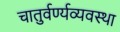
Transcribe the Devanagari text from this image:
चातुर्वर्ण्यव्यवस्था